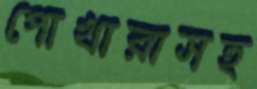
পোখারাসহ